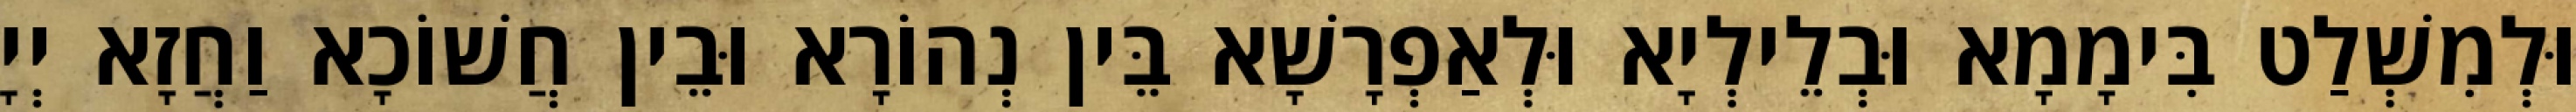
וּלְמִשְׁלַט בִּימָמָא וּבְלֵילְיָא וּלְאַפְרָשָׁא בֵּין נְהוֹרָא וּבֵין חֲשׁוֹכָא וַחֲזָא יְיָ